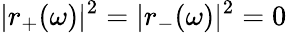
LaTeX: |r_{+}(\omega)|^{2}=|r_{-}(\omega)|^{2}=0